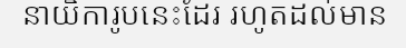
នាយិការូបនេះដែរ រហូតដល់មាន